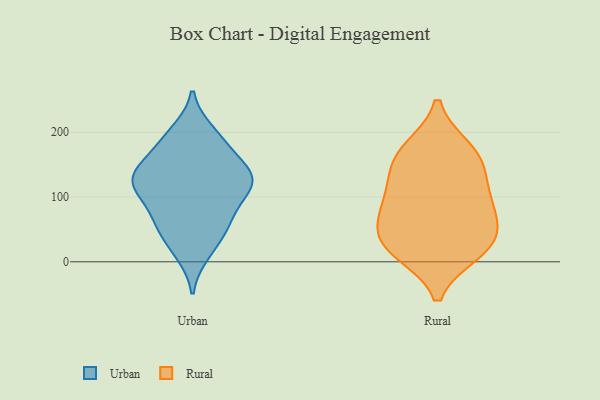
{"axis": {"x": "Population (Million)", "y": "Value"}, "legend": ["Rural", "Urban"], "data": [{"x": "", "y": 133, "type": "Urban"}, {"x": "", "y": 14, "type": "Urban"}, {"x": "", "y": 182, "type": "Urban"}, {"x": "", "y": 22, "type": "Urban"}, {"x": "", "y": 101, "type": "Urban"}, {"x": "", "y": 172, "type": "Urban"}, {"x": "", "y": 140, "type": "Urban"}, {"x": "", "y": 127, "type": "Urban"}, {"x": "", "y": 138, "type": "Urban"}, {"x": "", "y": 143, "type": "Urban"}, {"x": "", "y": 200, "type": "Urban"}, {"x": "", "y": 54, "type": "Urban"}, {"x": "", "y": 60, "type": "Urban"}, {"x": "", "y": 120, "type": "Urban"}, {"x": "", "y": 195, "type": "Urban"}, {"x": "", "y": 119, "type": "Urban"}, {"x": "", "y": 100, "type": "Urban"}, {"x": "", "y": 60, "type": "Urban"}, {"x": "", "y": 65, "type": "Urban"}, {"x": "", "y": 119, "type": "Urban"}, {"x": "", "y": 126, "type": "Rural"}, {"x": "", "y": 149, "type": "Rural"}, {"x": "", "y": 28, "type": "Rural"}, {"x": "", "y": 33, "type": "Rural"}, {"x": "", "y": 86, "type": "Rural"}, {"x": "", "y": 27, "type": "Rural"}, {"x": "", "y": 173, "type": "Rural"}, {"x": "", "y": 167, "type": "Rural"}, {"x": "", "y": 83, "type": "Rural"}, {"x": "", "y": 79, "type": "Rural"}, {"x": "", "y": 17, "type": "Rural"}]}